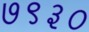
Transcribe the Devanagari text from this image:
७९३०